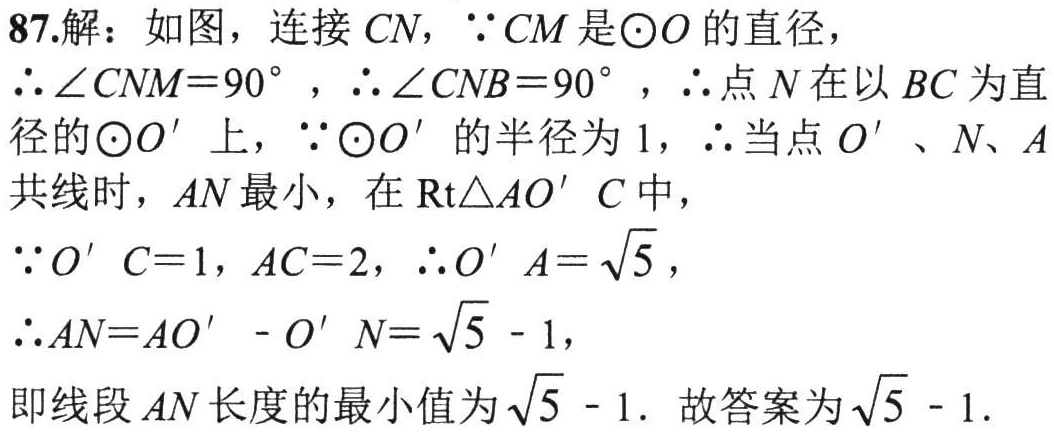
87.解：如图，连接 \(CN\)，\(\because CM\) 是\(\odot O\) 的直径，
\(\therefore \angle CNM = 90^{\circ}\)，\(\therefore \angle CNB = 90^{\circ}\)，\(\therefore\)点 \(N\) 在以 \(BC\) 为直
径的\(\odot O'\) 上，\(\because\odot O'\) 的半径为 \(1\)，\(\therefore\)当点 \(O'\)、\(N\)、\(A\)
共线时，\(AN\) 最小，在 \(\text{Rt}\triangle AO'C\) 中，
\(\because O'C = 1\)，\(AC = 2\)，\(\therefore O'A=\sqrt{5}\)，
\(\therefore AN = AO' - O'N=\sqrt{5}-1\)，
即线段 \(AN\) 长度的最小值为 \(\sqrt{5}-1\). 故答案为 \(\sqrt{5}-1\).